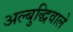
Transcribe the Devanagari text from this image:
अल्बुद्धिवाले